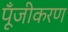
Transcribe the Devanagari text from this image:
पूँजीकरण